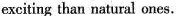
exciting than natural ones.